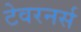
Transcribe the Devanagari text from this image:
टेवरनर्स